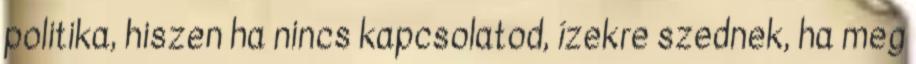
politika, hiszen ha nincs kapcsolatod, ízekre szednek, ha meg